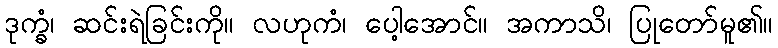
ဒုက္ခံ၊ ဆင်းရဲခြင်းကို။ လဟုကံ၊ ပေါ့အောင်။ အကာသိ၊ ပြုတော်မူ၏။